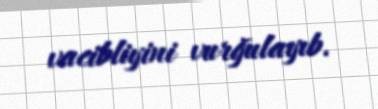
vacibliyini vurğulayıb.